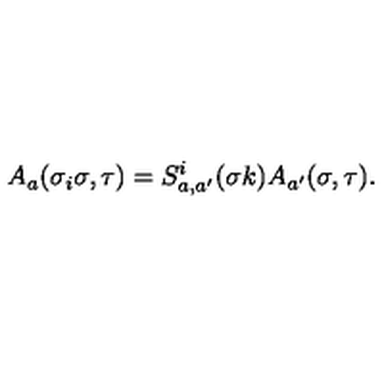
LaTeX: A _ { a } ( \sigma _ { i } \sigma , \tau ) = S _ { a , a ^ { \prime } } ^ { i } ( \sigma k ) A _ { a ^ { \prime } } ( \sigma , \tau ) .